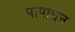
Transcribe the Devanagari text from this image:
पापाधन